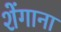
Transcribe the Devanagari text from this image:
शेंगाना